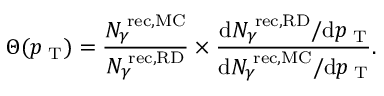
\Theta ( p _ { \mathrm { \tiny ~ T } } ) = \frac { N _ { \gamma } ^ { \mathrm { \tiny ~ r e c , M C } } } { N _ { \gamma } ^ { \mathrm { \tiny ~ r e c , R D } } } \times \frac { \mathrm { d } N _ { \gamma } ^ { \mathrm { \tiny ~ r e c , R D } } / \mathrm { d } p _ { \mathrm { \tiny ~ T } } } { \mathrm { d } N _ { \gamma } ^ { \mathrm { \tiny ~ r e c , M C } } / \mathrm { d } p _ { \mathrm { \tiny ~ T } } } .